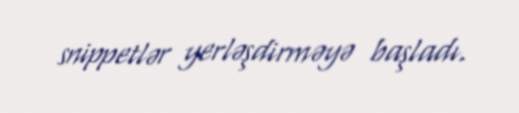
snippetlər yerləşdirməyə başladı.